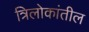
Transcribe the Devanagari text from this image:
त्रिलोकांतील